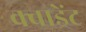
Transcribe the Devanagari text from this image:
क्वाड्रेंट